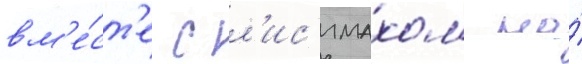
вм'е́ст'е с л'ис'имахом на́